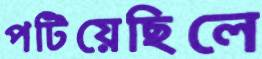
পটিয়েছিলে